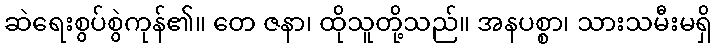
ဆဲရေးစွပ်စွဲကုန်၏။ တေ ဇနာ၊ ထိုသူတို့သည်။ အနပစ္စာ၊ သားသမီးမရှိ